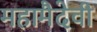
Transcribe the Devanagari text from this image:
महामैदेवी